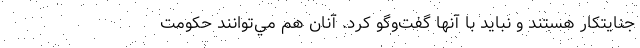
جنايتكار هستند و نبايد با آنها گفت‌وگو كرد. آنان هم مي‌توانند حكومت